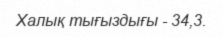
Халық тығыздығы - 34,3.